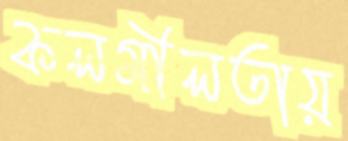
কলমীলতায়